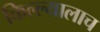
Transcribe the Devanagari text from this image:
किल्ल्यालाच